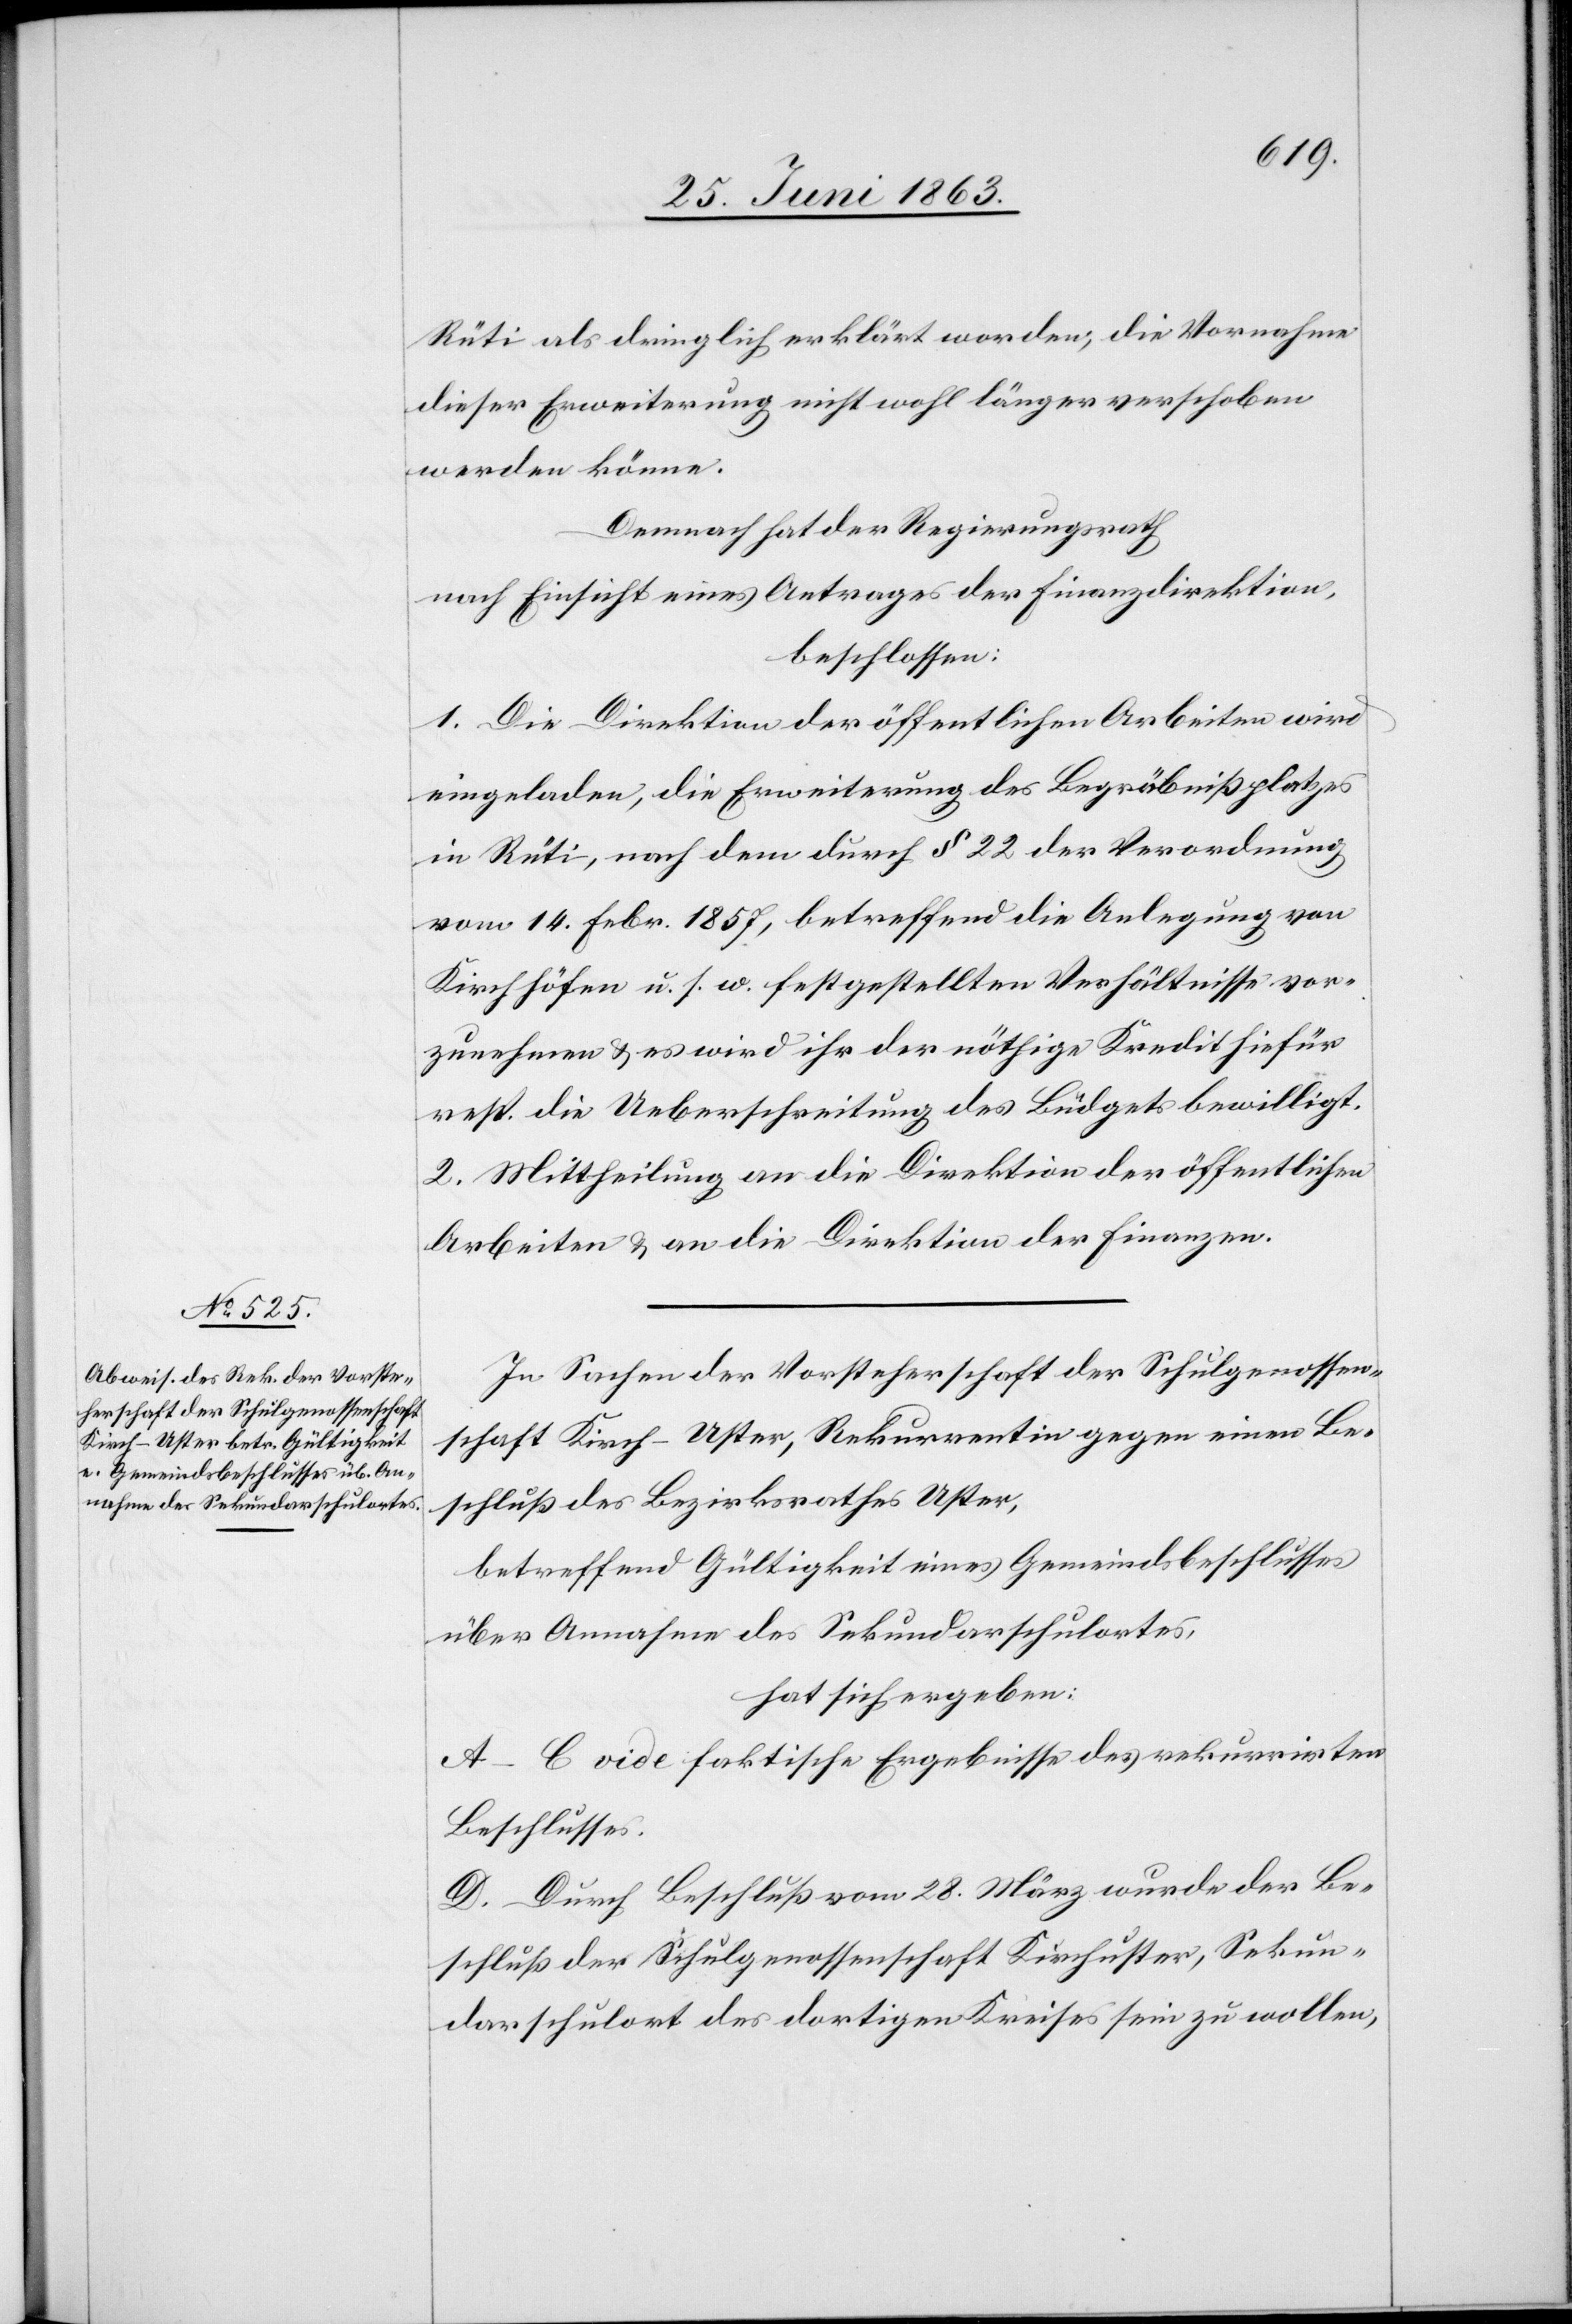
Rüti als dringlich erklärt worden, die Vornahme
dieser Erweiterung nicht wohl länger verschoben
werden könne.
Demnach hat der Regierungsrath
nach Einsicht eines Antrages der Finanzdirektion
beschlossen:
1. Die Direktion der öffentlichen Arbeiten wird
eingeladen, die Erweiterung des Begräbnißplatzes
in Rüti, nach dem durch § 22 der Verordnung
vom 14. Febr. 1857, betreffend die Anlegung von
Kirchhöfen u. s. w. festgestellten Verhältnisse vor¬
zunehmen & es wird ihr der nöthige Kredit hiefür
resp. die Ueberschreitung des Büdgets bewilligt.
2. Mittheilung an die Direktion der öffentlichen
Arbeiten & an die Direktion der Finanzen.
In Sachen der Vorsteherschaft der Schulgenossen¬
schaft Kirch-Uster, Rekurrentin gegen einen Be¬
schluß des Bezirksrathes Uster,
betreffend Gültigkeit eines Gemeindsbeschlusses
über Annahme des Sekundarschulortes,
hat sich ergeben:
A–C vide faktische Ergebnisse des rekurrirten
Beschlusses.
D. Durch Beschluß vom 28. März wurde der Be¬
schluß der Schulgenossenschaft Kirchuster, Sekun¬
darschulort des dortigen Kreises sein zu wollen,